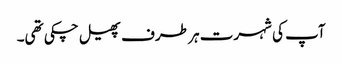
آپ کی شہرت ہر طرف پھیل چکی تھی۔